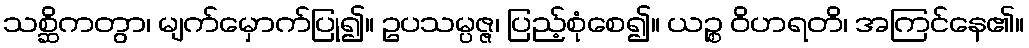
သစ္ဆိကတွာ၊ မျက်မှောက်ပြု၍။ ဥပသမ္ပဇ္ဇ၊ ပြည့်စုံစေ၍။ ယဉ္စ ဝိဟရတိ၊ အကြင်နေ၏။